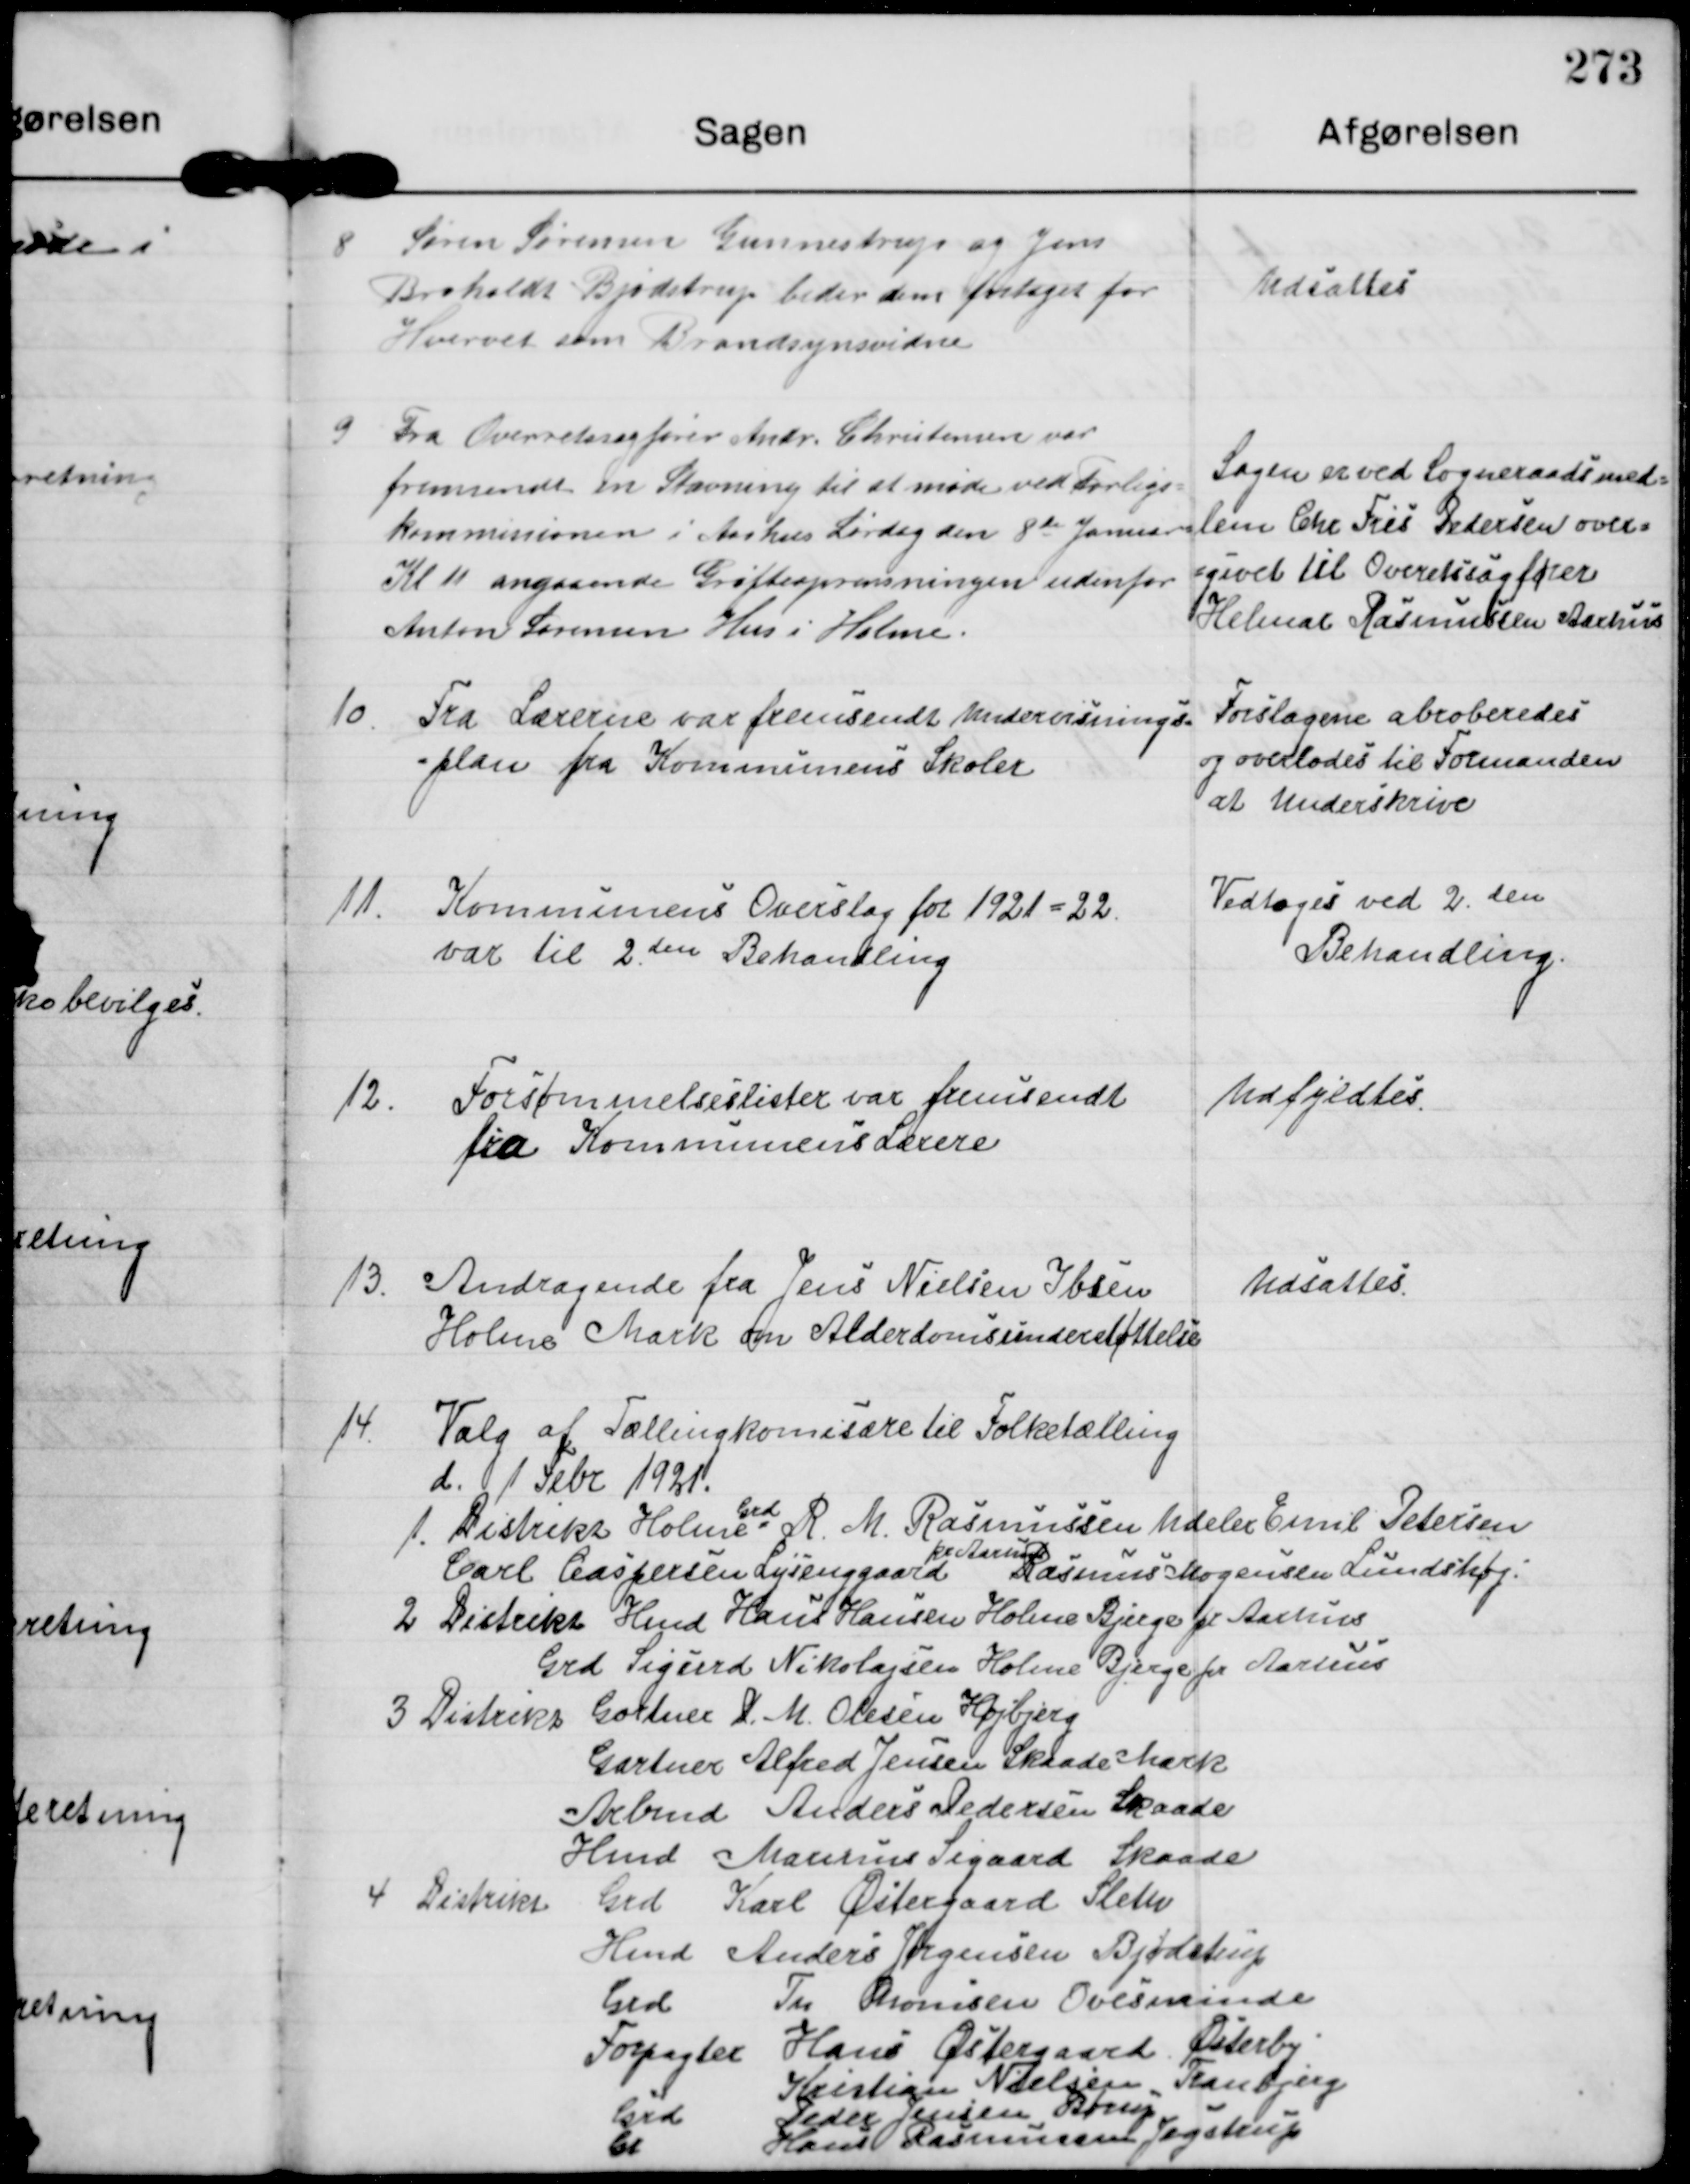
Transskription:
8

Søren Sørensen Gunnestrup og Jens
Broholdt Bjødstrup beder dem fritaget for
Hvervet som Brandsynsvidne

Udsattes

9

Fra Overretssagfører Andr. Christensen var
fremsendt en Stævning til at møde ved Forligs-
Kommissionen i Aarhus Lørdag den 8de Januar
Kl 11 angaaende Grøfteoprensningen udenfor
Anton Sørensen Hus i Holme.

Sagen er ved Sogneraadsmed-
lem Chr Fris Pedersen over-
givet til Overretssagfører
Helmar Rasmussen Aarhus

10

Fra Lærerne var fremsendt undervisnings-
plan fra Kommunens Skoler

Forslagene abroberedes
og overlodes til Formanden
at underskrive

11.

Kommunens Overslag for 1921-22.
var til 2den Behandling

Vedtoges ved 2. den
Behandling.

12.

Forsømmelseslister var fremsendt
fra Kommunens Lærere

Udfyldtes.

13.

Andragende fra Jens Nielsen Ibsen
Holme Mark om Alderdomsunderstøttelse

Udsattes

14

Valg af Tællingkomisære til Folketælling
d. 1 Febr  1921.
1. Distrikt Holme 
Grd
R. M. Rasmussen Udeler Emil Petersen
Carl Caspersen Lysenggaard
pr Aarhus
Rasmus Mogensen Lundshøj
2 Distrikt Hmd Hans Hansen Holme Bjerge pr Aarhus
Grd Sigurd Nikolajsen Holme Bjerge pr Aarhus
3 Distrikt Gartner D M. Olesen Højbjerg
Gartner Alfred Jensen Skaade Mark
Arbmd Anders Pedersen Skaade
Hmd Marinus Sigaard Skaade
4 Distrikt
Grd Karl Østergaard Sleth
Hmd Anders Jørgensen Bjødstrup
Grd Th Thomsen Ovesminde
Forpagter Hans Østergaard Østerby
Kristian Nielsen Tranbjerg
Grd.
Peder Jensen Børup
Hans Rasmussen Jegstrup